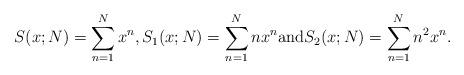
LaTeX: \begin{align*}S(x;N) = \sum_{n=1}^N x^n, S_1(x;N)= \sum_{n=1}^N n x^n \textrm{and} S_2(x;N)= \sum_{n=1}^N n^2 x^n.\end{align*}